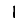
Digit: 1